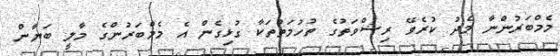
މެމްބަރުންނާ މެދު ކުރެވޭ ރިޝްވަތުގެ ތުހުމަތުތަކާ ގުޅިގެން އެ މެމްބަރުންގެ މާލީ ބަޔާން